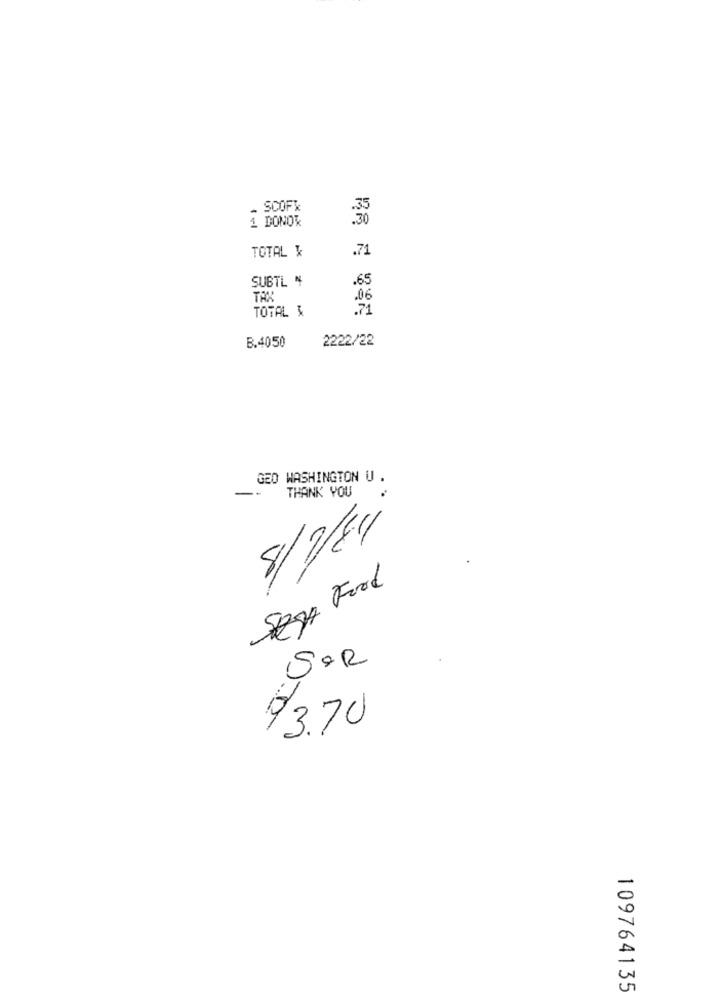
- SCOFX
1 DONOR
.30
TOTAL k
.71
SUBTL 4
.65
TOTAL &
B.4050
2222/22
GED WASHINGTON U .
-
THANK YOU
.
8/7/84
SEJA Food
SOR
73.70
109764135